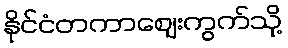
နိုင်ငံတကာဈေးကွက်သို့